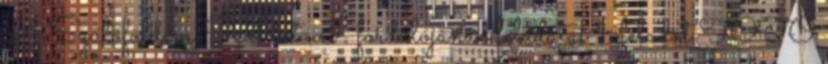
A Szülőföldem Szalonta I. fordulójának feladatai 1. feladat TOTÓ